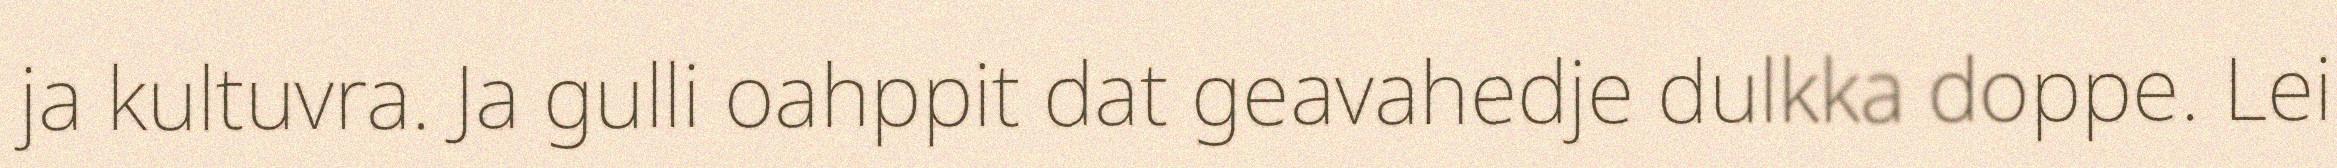
ja kultuvra. Ja gulli oahppit dat geavahedje dulkka doppe. Lei